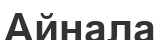
Айнала